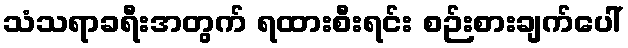
သံသရာခရီးအတွက် ရထားစီးရင်း စဉ်းစားချက်ပေါ်